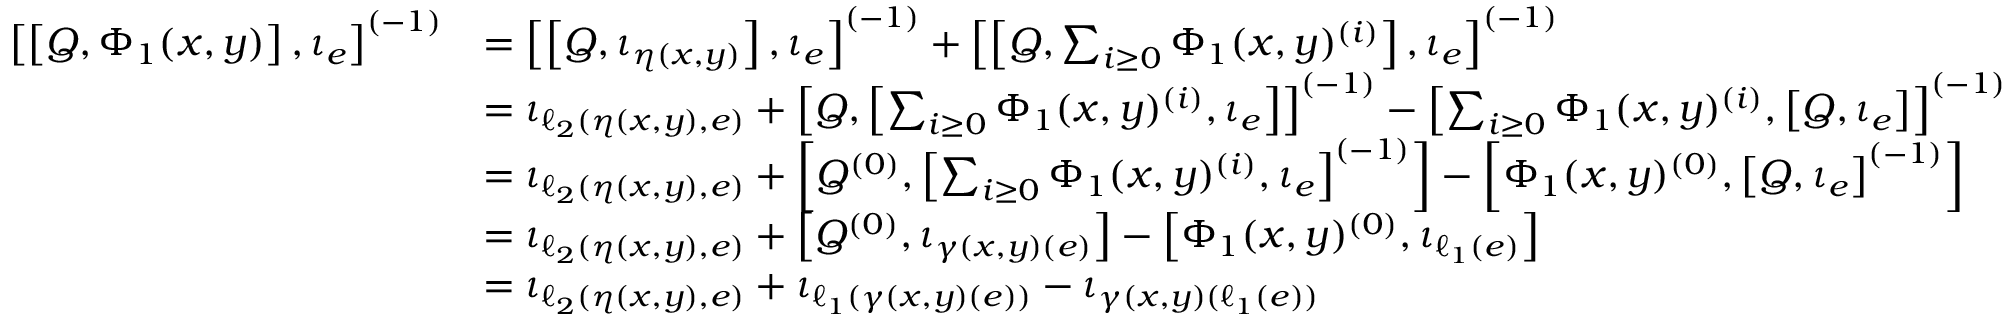
\begin{array} { r l } { \left[ \left[ Q , \Phi _ { 1 } ( x , y ) \right] , \iota _ { e } \right] ^ { ( - 1 ) } } & { = \left[ \left[ Q , \iota _ { \eta ( x , y ) } \right] , \iota _ { e } \right] ^ { ( - 1 ) } + \left[ \left[ Q , \sum _ { i \geq 0 } \Phi _ { 1 } ( x , y ) ^ { ( i ) } \right] , \iota _ { e } \right] ^ { ( - 1 ) } } \\ & { = \iota _ { \ell _ { 2 } ( \eta ( x , y ) , e ) } + \left[ Q , \left[ \sum _ { i \geq 0 } \Phi _ { 1 } ( x , y ) ^ { ( i ) } , \iota _ { e } \right] \right] ^ { ( - 1 ) } - \left[ \sum _ { i \geq 0 } \Phi _ { 1 } ( x , y ) ^ { ( i ) } , \left[ Q , \iota _ { e } \right] \right] ^ { ( - 1 ) } } \\ & { = \iota _ { \ell _ { 2 } ( \eta ( x , y ) , e ) } + \left[ Q ^ { ( 0 ) } , \left[ \sum _ { i \geq 0 } \Phi _ { 1 } ( x , y ) ^ { ( i ) } , \iota _ { e } \right] ^ { ( - 1 ) } \right] - \left[ \Phi _ { 1 } ( x , y ) ^ { ( 0 ) } , \left[ Q , \iota _ { e } \right] ^ { ( - 1 ) } \right] } \\ & { = \iota _ { \ell _ { 2 } ( \eta ( x , y ) , e ) } + \left[ Q ^ { ( 0 ) } , \iota _ { \gamma ( x , y ) ( e ) } \right] - \left[ \Phi _ { 1 } ( x , y ) ^ { ( 0 ) } , \iota _ { \ell _ { 1 } ( e ) } \right] } \\ & { = \iota _ { \ell _ { 2 } ( \eta ( x , y ) , e ) } + \iota _ { \ell _ { 1 } ( \gamma ( x , y ) ( e ) ) } - \iota _ { \gamma ( x , y ) ( \ell _ { 1 } ( e ) ) } } \end{array}